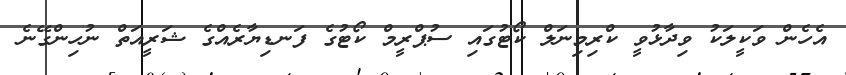
އެހެން ވަކީލަކު ވިދާޅުވީ ކްރިމިނަލް ކޯޓުގައި ސުޕްރީމް ކޯޓުގެ ފަނޑިޔާރެއްގެ ޝަރީއަތް ނުހިންގޭނެ